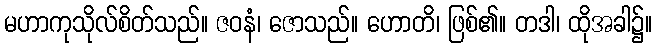
မဟာကုသိုလ်စိတ်သည်။ ဇဝနံ၊ ဇောသည်။ ဟောတိ၊ ဖြစ်၏။ တဒါ၊ ထိုအခါ၌။